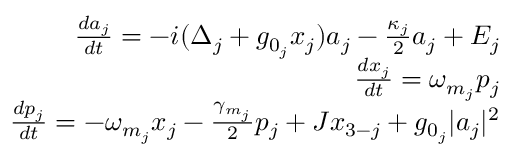
\begin{array} { r } { \frac { d a _ { j } } { d t } = - i ( \Delta _ { j } + g _ { 0 _ { j } } x _ { j } ) a _ { j } - \frac { \kappa _ { j } } { 2 } a _ { j } + E _ { j } } \\ { \frac { d x _ { j } } { d t } = \omega _ { m _ { j } } p _ { j } } \\ { \frac { d p _ { j } } { d t } = - \omega _ { m _ { j } } x _ { j } - \frac { \gamma _ { m _ { j } } } { 2 } p _ { j } + J x _ { 3 - j } + g _ { 0 _ { j } } | a _ { j } | ^ { 2 } } \end{array}